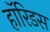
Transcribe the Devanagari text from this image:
हॉरिडस